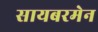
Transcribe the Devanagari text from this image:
सायबरमेन